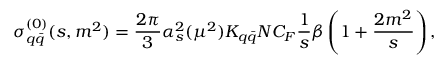
\sigma _ { q \bar { q } } ^ { ( 0 ) } ( s , m ^ { 2 } ) = \frac { 2 \pi } { 3 } \alpha _ { s } ^ { 2 } ( \mu ^ { 2 } ) K _ { q \bar { q } } N C _ { F } \frac { 1 } { s } \beta \left( 1 + \frac { 2 m ^ { 2 } } { s } \right) ,